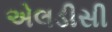
એલડીસી